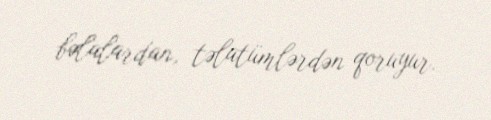
bəlalardan, təlatümlərdən qoruyur.